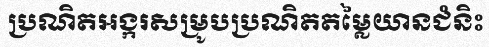
ប្រណិតអង្ករសម្រូបប្រណិតតម្លៃយានជំនិះ